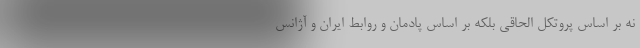
نه بر اساس پروتکل الحاقی بلکه بر اساس پادمان و روابط ایران و آژانس